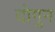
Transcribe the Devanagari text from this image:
दोगुन